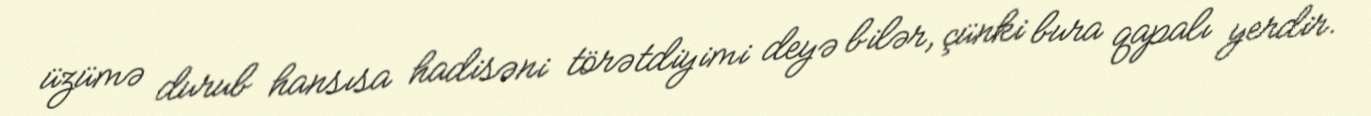
üzümə durub hansısa hadisəni törətdiyimi deyə bilər, çünki bura qapalı yerdir.